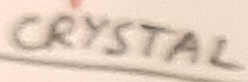
Text: CRYSTAL